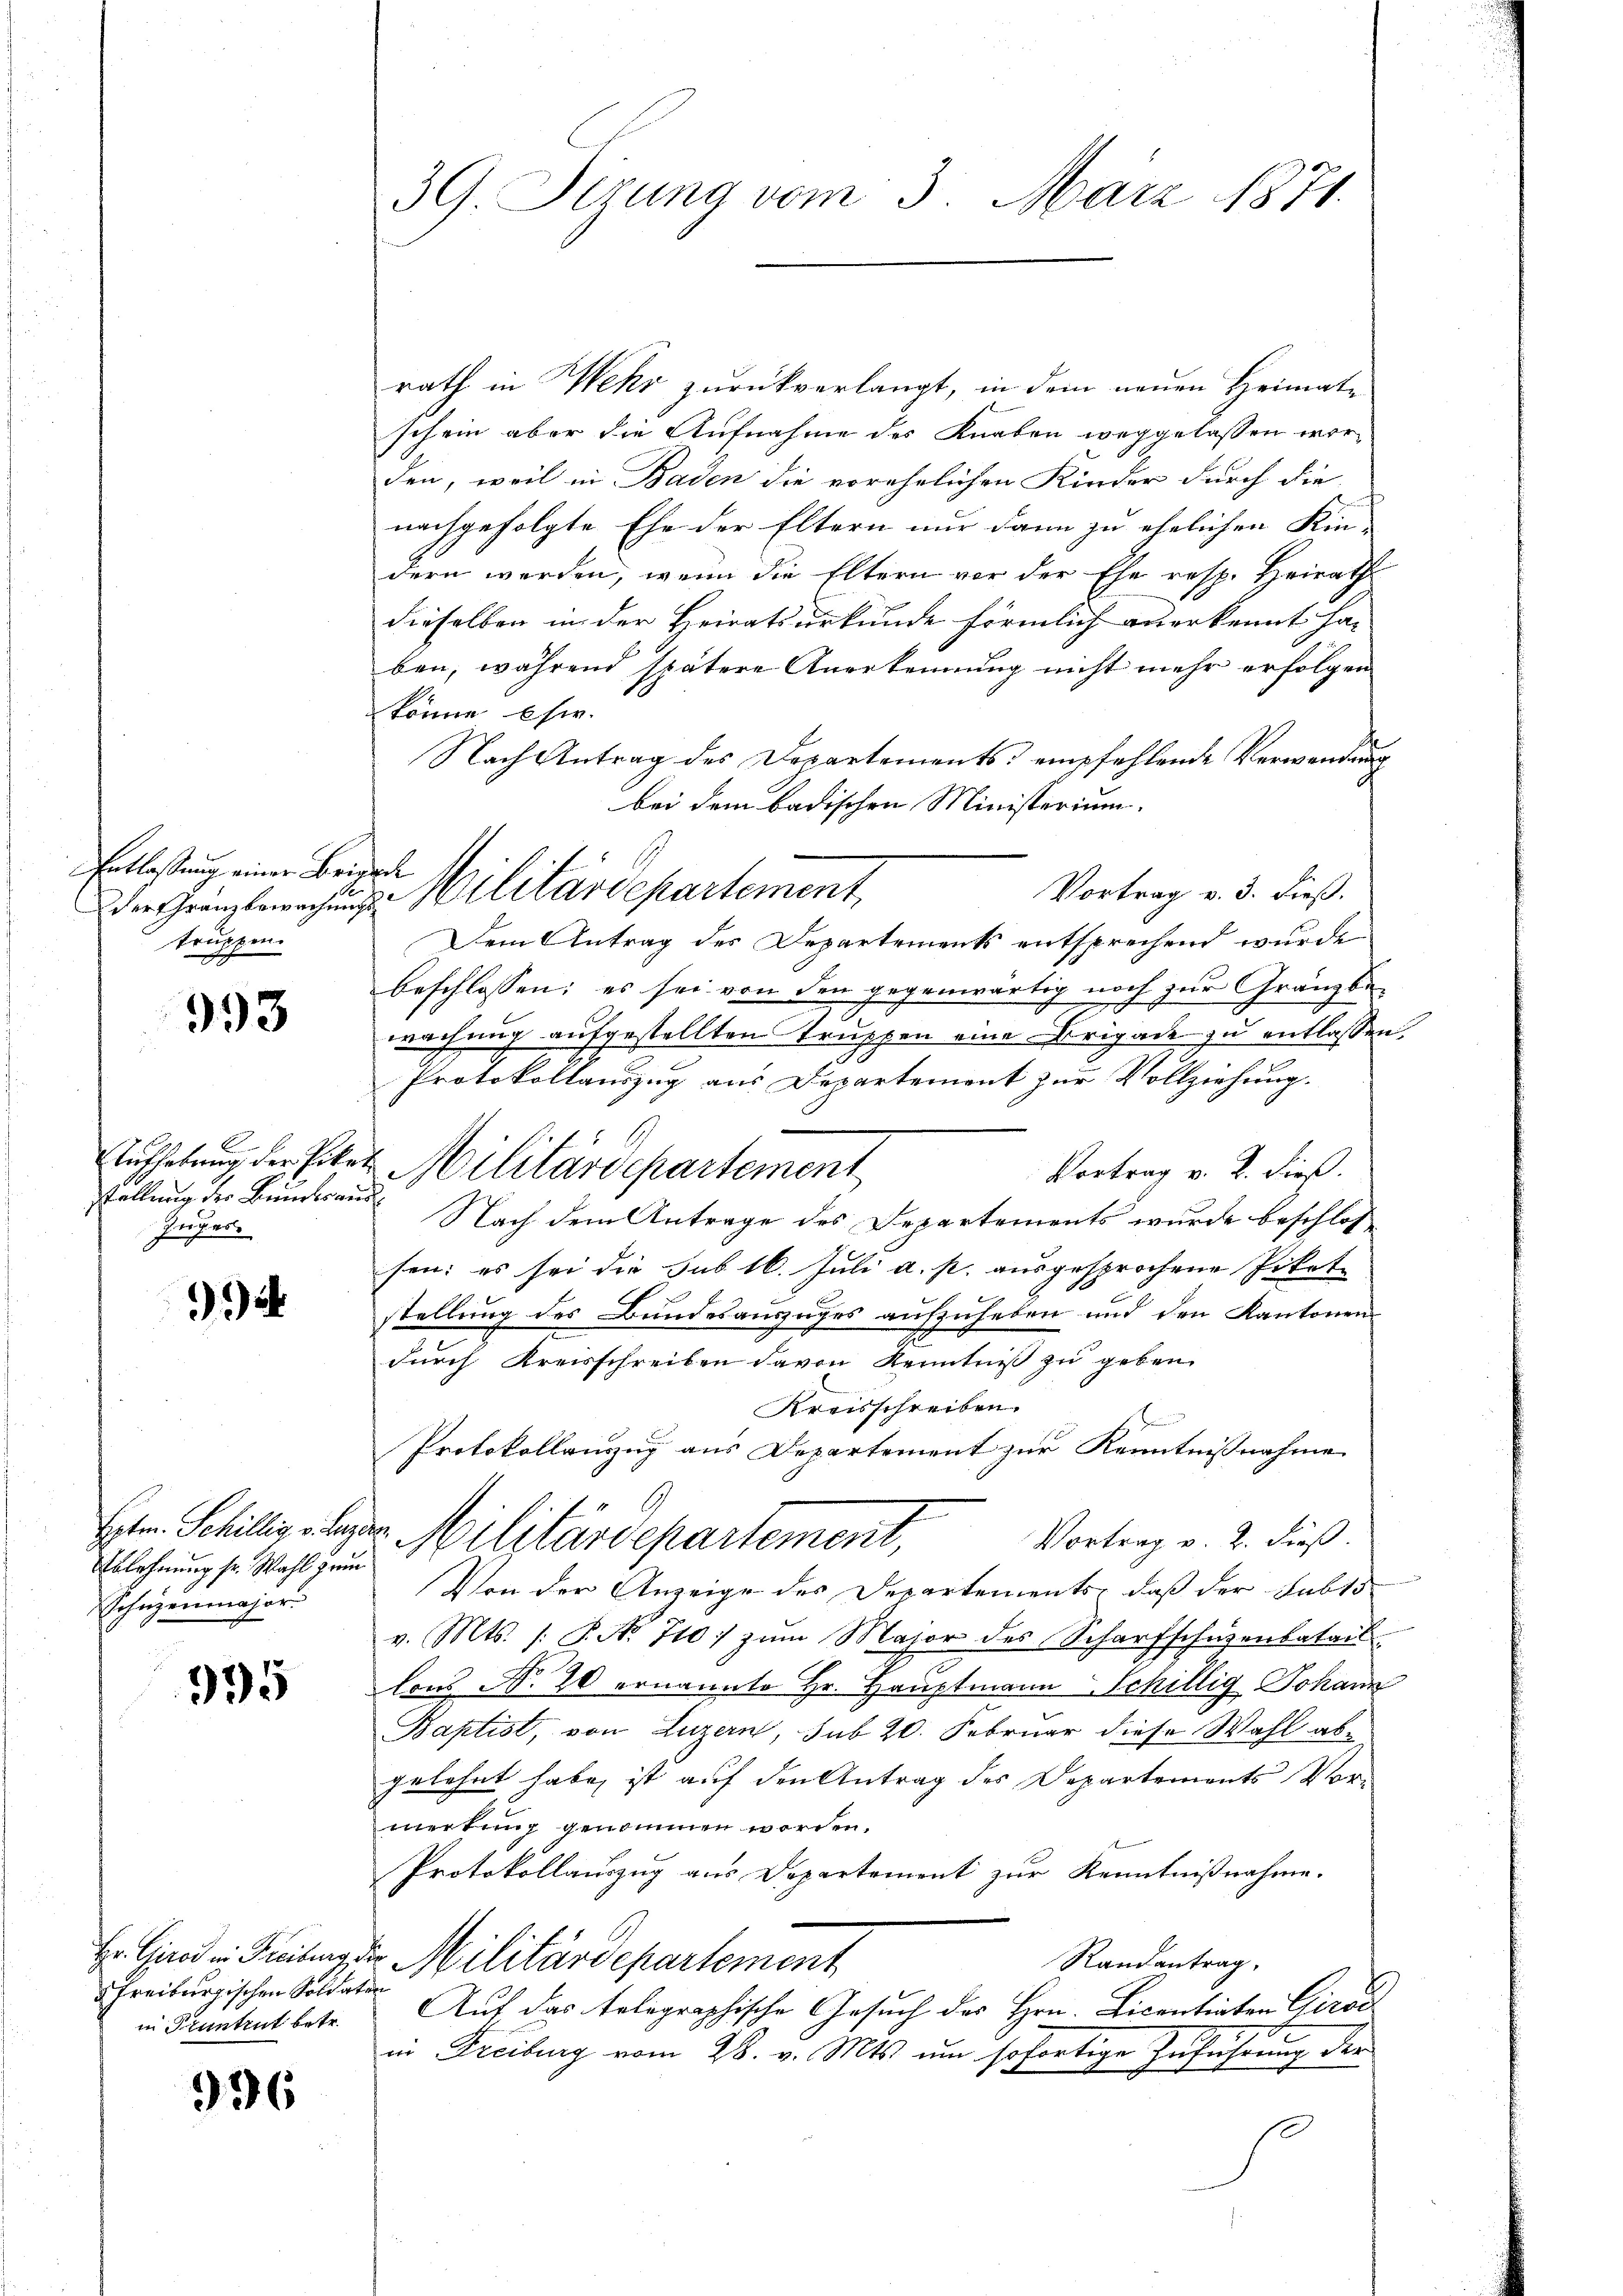
393

2

995

996

Entlassung einer Brigder Granzbewachung
truppen.
x

Aufhebung der Pike.
stellung der Bundesaus
Juger.

Eptm. Schillig v. Luze
Ablehnung sr. Wahl grun
Schüzenmajor.

Hr. Girod in Freiburg v
Freiburgischen Soldate
in Pruntrut betr.

39. Sizung vom 3. März 1871.

rath in Wehr zurückverlangt, in dem neuen Heimat-
schein aber die Aufnahme des Knaben weggelassen worden, weil in Baden die vorehelichen Kinder durch die
nachgefolgte Ehe der Eltern nur dann zu ehelichen Kin-
dern werden, wenn die Eltern vor der Ehe resp. Heirath
dieselben in der Heiratsurkunde förmlich anerkennt ha
ben, während spätere Anerkennung nicht mehr erfolgen
könne sie.
Nach Antrag des Departements empfehlende Verwendung
bei dem badischen Ministerium.
Vortrag v. 3. dieß.
Dem Antrag des Departements entsprechend wurde
beschlossen; es sei von den gegenwärtig noch zur Gränz(...)
I
2
wachung aufgestellten Truppen eine Brigade zu entlassen.
Protokollauszug aus Departement zur Vollziehung.
2 Militärdepartement
Vortrag v. 2. dieß.
 Nach dem Antrage des Departements wurde beschlos
sen: es sei die sub 16. Juli a. p. ausgesprochene Pikat
stellung des Bundesauszuges aufzuheben und den Kantonen
s
durch Kreisschreiben davon Kenntniß zu geben.
Kreisschreiben.
Protokollenzug aus Departement zur Kenntnißnahme
ve Militärdepartement,
Vortrag v. 2. dieß.
Von der Anzeige des Departements, daß der Subts
v. Mts. /: P. Nr. 710. zum Major des Scharfschüzenbatail
lons No. 20 ernannte Hr. Hauptmann Schillig Johann
Baptist, von Luzern, sub 20. Februar diese Wahl abe
gelehnt habe, ist auf den Antrag des Departements Vor-
merkung genommen worden.
Protokollauszug aus Departement zur Kenntnißnahme.
Randantrag,
 Militärdepartement
.
Auf das telegraphische Gesuch des Hrn. Licentiaten Cirod
7
in Freiburg vom 28. v. Mts. um sofortige Zuführung der

t
u. Militärdepartement,